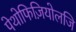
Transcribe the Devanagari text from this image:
पेथोफिज़ियोलजि